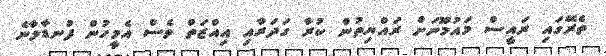
ތެރޭގައި ރައީސް މައުމޫނަށް ރައްޔިތުން ކުރާ ގަދަރާއި އިއްޒަތް ވެސް އެމީހުން ފުނޑާލާނެ